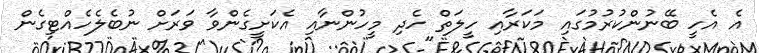
އެ އެހީ ބޭނުންކުރުމުގައި މަކަރާއި ހީލަތް ހެދި މީހުންނާއި އެކަށީގެންވާ ވަރަށް ނުބެލެހެއްޓިގެން